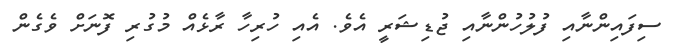
ސިފައިންނާއި ފުލުހުންނާއި ޖުޑިޝަރީ އެވެ. އެއި ހުރިހާ ރާޅެއް މުގުރި ފޮނަށް ވެގެން